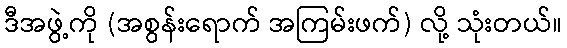
ဒီအဖွဲ့ကို (အစွန်းရောက် အကြမ်းဖက်) လို့ သုံးတယ်။